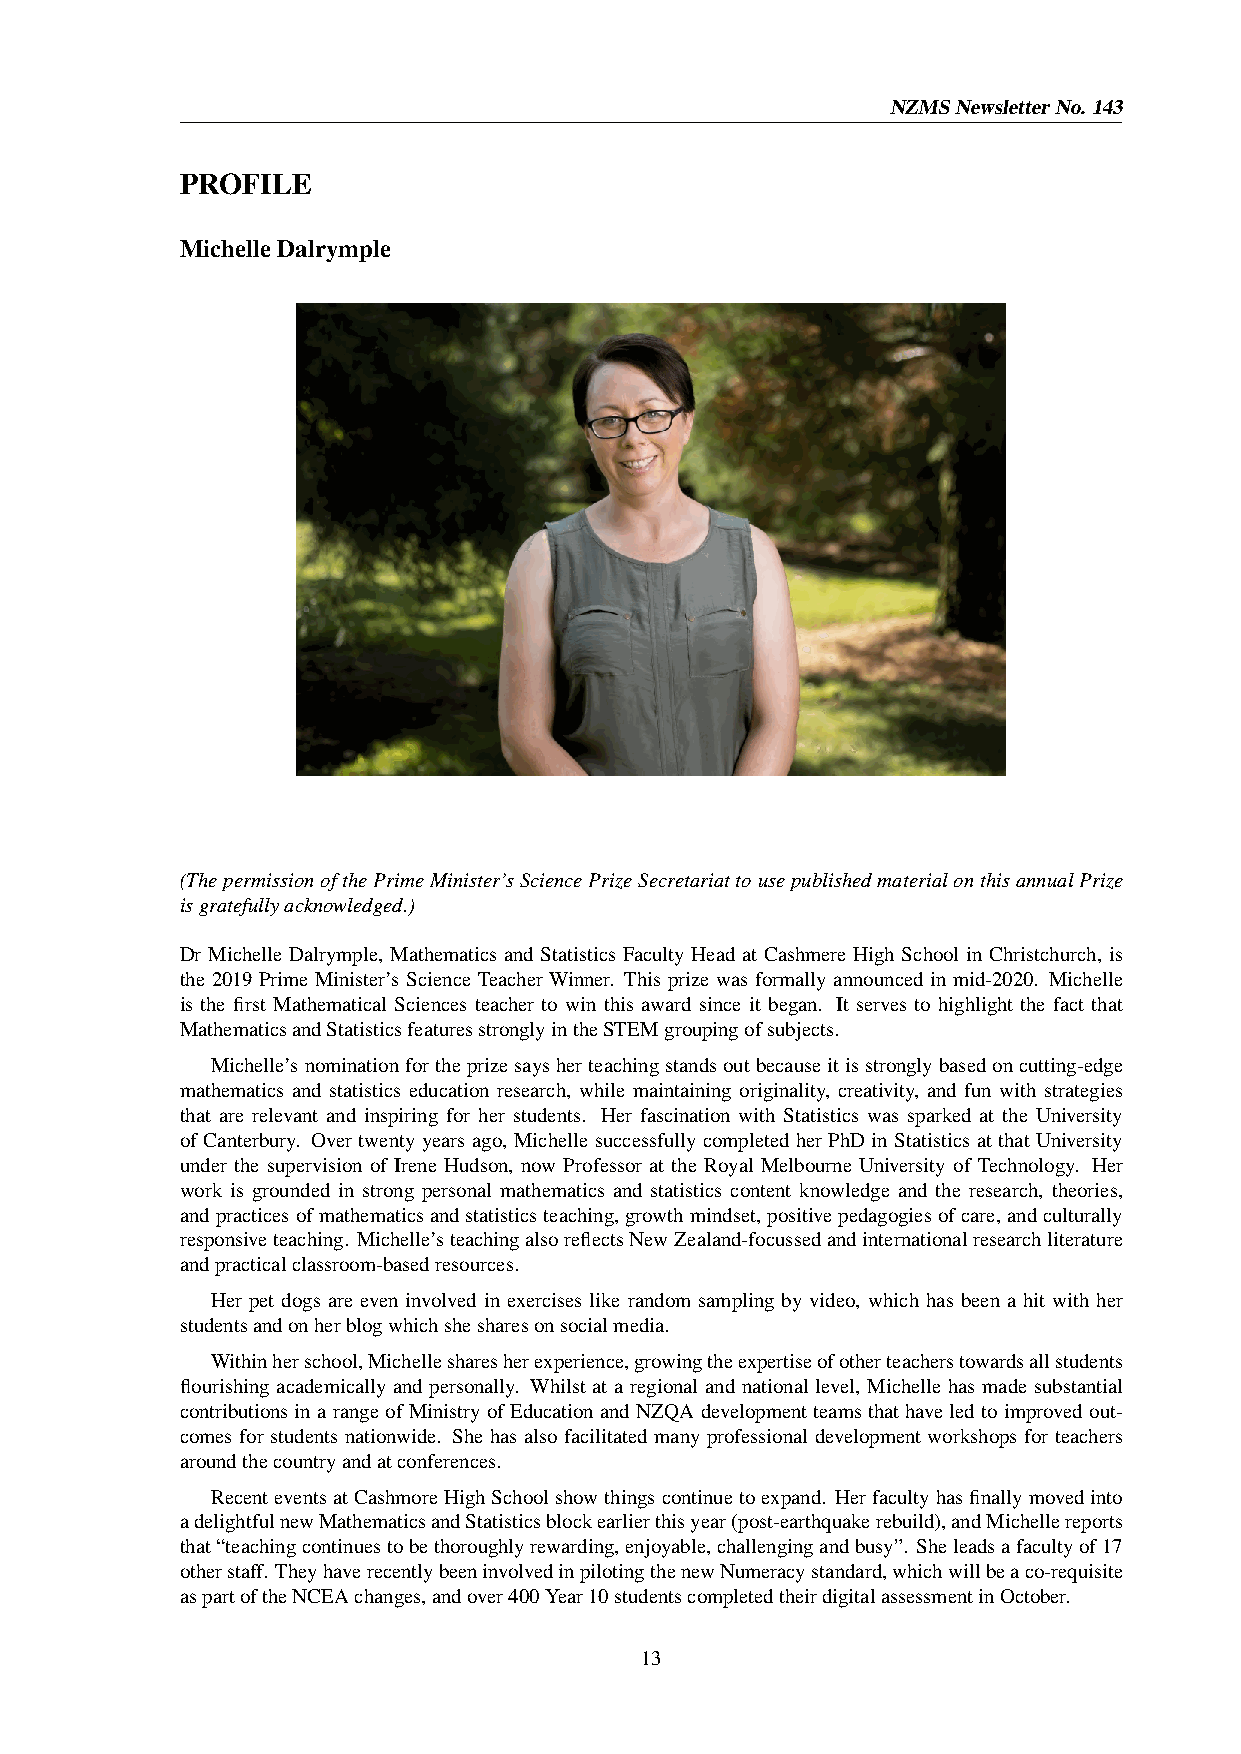
NZMSNewsletterNo. 143
 PROFILE
 MichelleDalrymple
 (ThepermissionofthePrimeMinister’sSciencePrizeSecretariattousepublishedmaterialonthisannualPrize
 isgratefullyacknowledged.)
 Dr Michelle Dalrymple, Mathematics and Statistics Faculty Head at Cashmere High School in Christchurch, is
 the 2019 Prime Minister’s Science Teacher Winner. This prize was formally announced in mid-2020. Michelle
 is the first Mathematical Sciences teacher to win this award since it began. It serves to highlight the fact that
 MathematicsandStatisticsfeaturesstronglyintheSTEMgroupingofsubjects.
 Michelle’snominationfortheprizesaysherteachingstandsoutbecauseitisstronglybasedoncutting-edge
 mathematics and statistics education research, while maintaining originality, creativity, and fun with strategies
 that are relevant and inspiring for her students. Her fascination with Statistics was sparked at the University
 of Canterbury. Over twenty years ago, Michelle successfully completed her PhD in Statistics at that University
 under the supervision of Irene Hudson, now Professor at the Royal Melbourne University of Technology. Her
 work is grounded in strong personal mathematics and statistics content knowledge and the research, theories,
 andpracticesofmathematicsandstatisticsteaching, growthmindset, positivepedagogiesofcare, andculturally
 responsiveteaching. Michelle’steachingalsoreflectsNewZealand-focussedandinternationalresearchliterature
 andpracticalclassroom-basedresources.
 Her pet dogs are even involved in exercises like random sampling by video, which has been a hit with her
 studentsandonherblogwhichshesharesonsocialmedia.
 Withinherschool,Michellesharesherexperience,growingtheexpertiseofotherteacherstowardsallstudents
 flourishing academically and personally. Whilst at a regional and national level, Michelle has made substantial
 contributionsinarangeofMinistryofEducationandNZQAdevelopmentteamsthathaveledtoimprovedout-
 comes for students nationwide. She has also facilitated many professional development workshops for teachers
 aroundthecountryandatconferences.
 RecenteventsatCashmoreHighSchoolshowthingscontinuetoexpand. Herfacultyhasfinallymovedinto
 adelightfulnewMathematicsandStatisticsblockearlierthisyear(post-earthquakerebuild),andMichellereports
 that“teachingcontinuestobethoroughlyrewarding,enjoyable,challengingandbusy”. Sheleadsafacultyof17
 otherstaff. TheyhaverecentlybeeninvolvedinpilotingthenewNumeracystandard,whichwillbeaco-requisite
 aspartoftheNCEAchanges,andover400Year10studentscompletedtheirdigitalassessmentinOctober.
 13